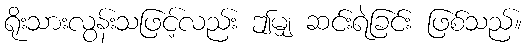
ရိုးသားလွန်းသဖြင့်လည်း ဤမျှ ဆင်းရဲခြင်း ဖြစ်သည်။